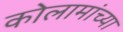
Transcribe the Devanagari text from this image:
कोलामांच्या